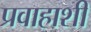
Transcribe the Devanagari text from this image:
प्रवाहाशी